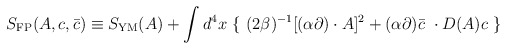
\begin{align*}S_{\rm FP}(A, c, \bar{c}) \equiv S_{\rm YM}(A) + \int d^4x \ \{ \ (2\beta)^{-1}[(\alpha \partial) \cdot A]^2 + (\alpha\partial) \bar{c} \ \cdot D(A) c \ \} \end{align*}